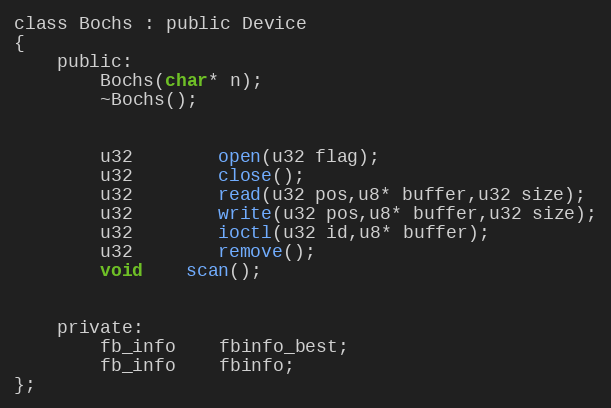
Language: C
class Bochs : public Device
{
	public:
		Bochs(char* n);
		~Bochs();

		u32		open(u32 flag);
		u32		close();
		u32		read(u32 pos,u8* buffer,u32 size);
		u32		write(u32 pos,u8* buffer,u32 size);
		u32		ioctl(u32 id,u8* buffer);
		u32		remove();
		void	scan();

	private:
		fb_info	fbinfo_best;
		fb_info	fbinfo;
};